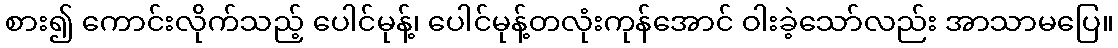
စား၍ ကောင်းလိုက်သည့် ပေါင်မုန့်၊ ပေါင်မုန့်တလုံးကုန်အောင် ဝါးခဲ့သော်လည်း အာသာမပြေ။